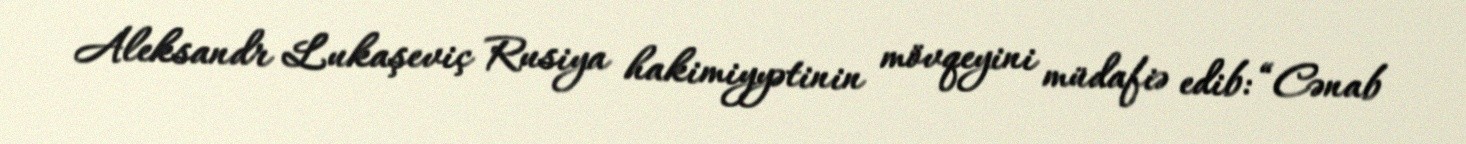
Aleksandr Lukaşeviç Rusiya hakimiyyətinin mövqeyini müdafiə edib: “Cənab